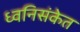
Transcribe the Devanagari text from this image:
ध्वनिसंकेत